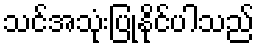
သင်အသုံးပြုနိုင်ပါသည်